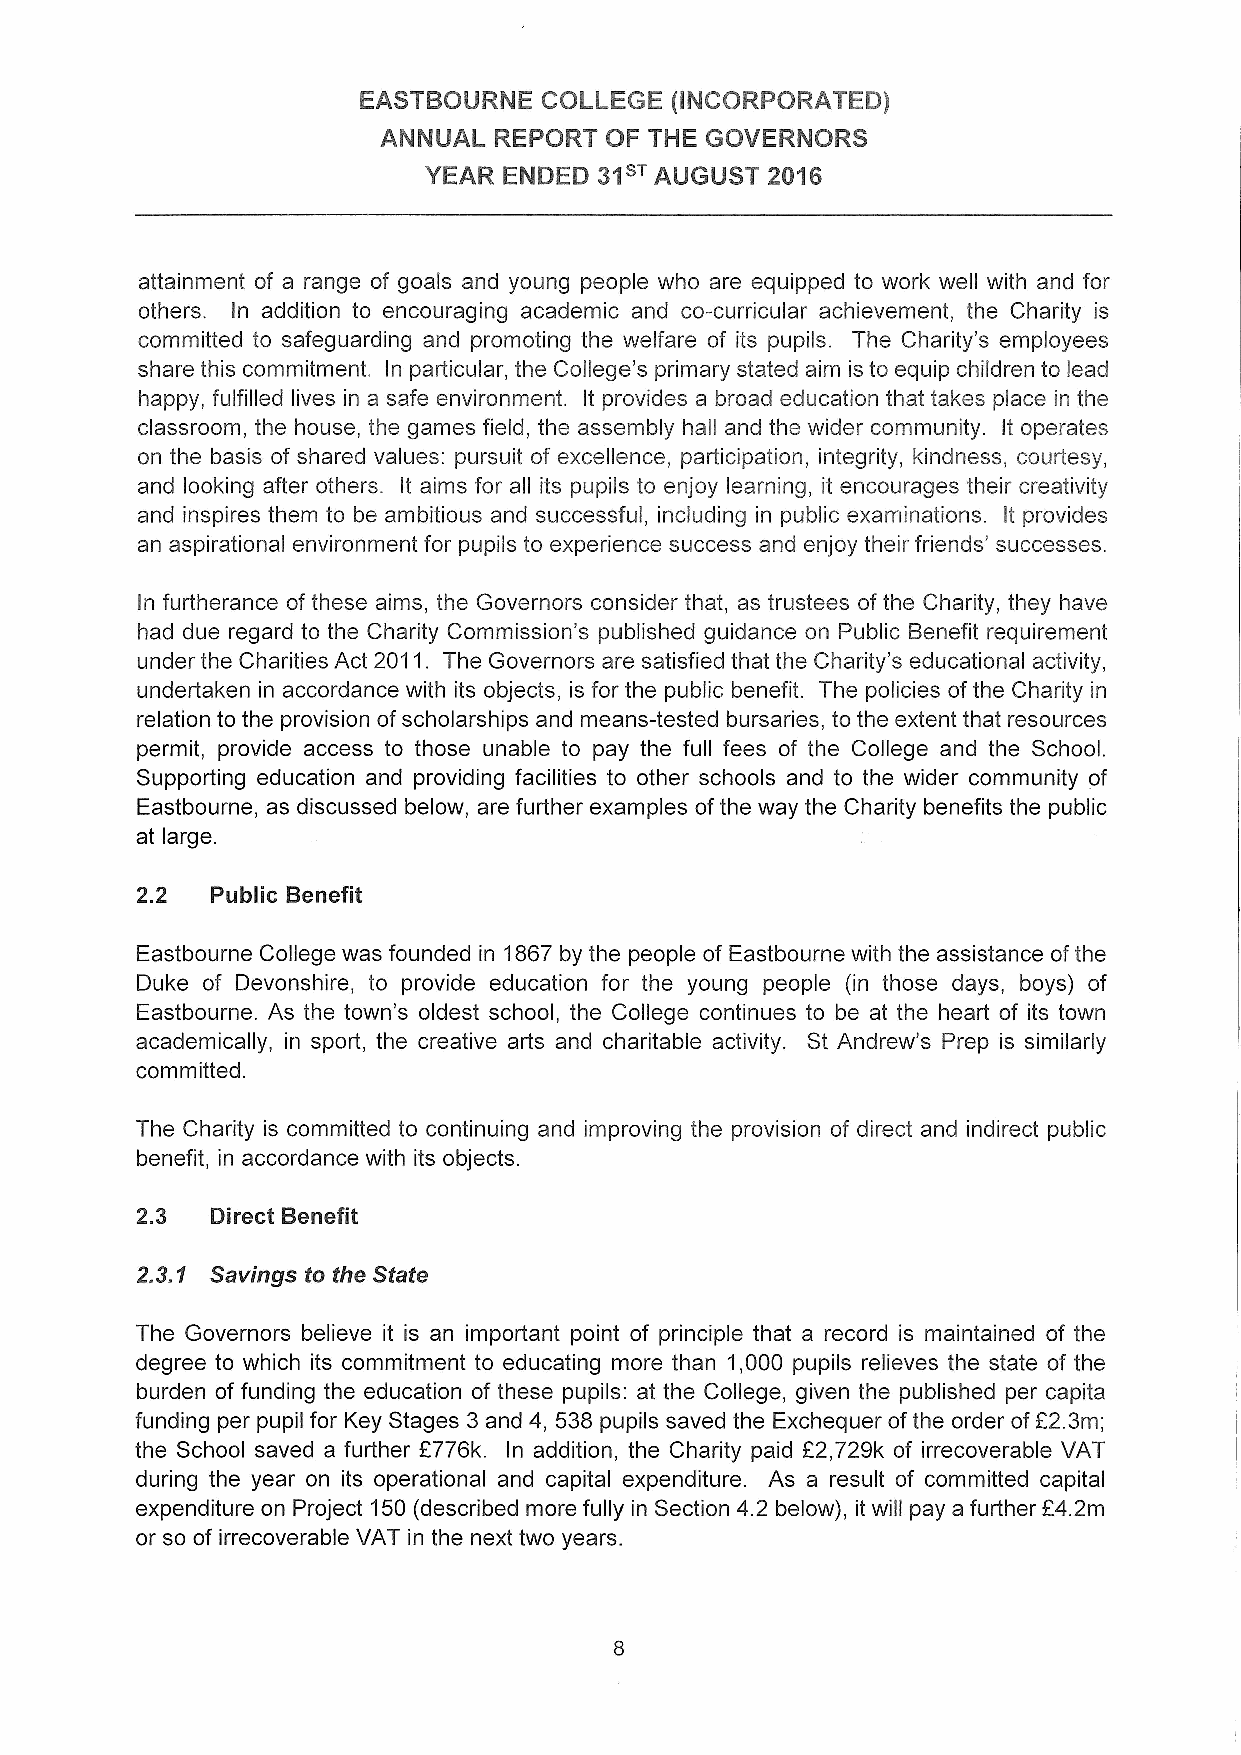
EASTBOURNE  COLLEGE (INCORPORATED)
 ANNUAL  REPORT OF THE GOVERNORS
 YEAR ENDED  31sTAUGUST 2016
 attainment of a range of goals and young people who are equipped to work well with and for
 others. In addition to encouraging academic and co-curricular achievement, the Charity is
 committed to safeguarding and promoting the welfare of its pupils. The Charity's employees
 share this commitment. In particular, the College's primary stated aim is to equip children to lead
 happy, fulfilled lives in a safe environment. It provides a broad education that takes place in the
 classroom, the house, ihe games field, the assembly hall and the wider community. It operates
 on the basis of shared values: pursuit of excellence, participation, integrity, kindness, courtesy,
 and looking after others. It aims for all its pupils to enjoy learning, it encourages their creativity
 and inspires them to be ambitious and successful, including in public examinations. It provides
 an aspirational environment for pupils to experience success and enjoy their friends' successes.
 In furtherance of these aims, the Governors consider thai, as trustees of the Charity, they have
 had due regard to the Charity Commission's published guidance on Public Benefit requirement
 under the Charities Act 2011. The Governors are satisfied that the Charity's educational activity,
 undertaken in accordance with its objects, is for the public benefit. The policies ofthe Charity in
 relation to the provision ofscholarships and means-tested bursaries, to the extent that resources
 permit, provide access to those unable to pay the full fees of the College and the School.
 Supporting education and providing facilities to other schools and to the wider community of
 Eastbourne, as discussed below, are further examples ofthe way the Charity benefits the public
 at large.
 2.2  Public Benefit
 Eastbourne College was founded in 1867 by the people of Eastbourne with the assistance ofthe
 Duke of Devonshire, to provide education for the young people (in those days, boys) of
 Eastbourne. As the town's oldest school, the College continues to be at the heart of its town
 academically, in sport, the creative arts and charitable activity. St Andrew's Prep is similarly
 committed.
 The Charity is committed to continuing and improving the provision of direct and indirect public
 benefit, in accordance with its objects.
 2.3  Direct Benefit
 2.3.1 Savings to the State
 The Governors believe it is an important point of principle that a record is maintained of the
 degree to which its commitment to educating more than 1,000 pupils relieves the state of the
 burden of funding the education of these pupils: at the College, given the published per capita
 funding per pupil for Key Stages 3 and 4, 538 pupils saved the Exchequer ofthe order ofE2.3m;
 the School saved a further 8776k. In addition, the Charity paid E2,729k of irrecoverable VAT
 during the year on its operational and capital expenditure. As a result of committed capital
 expenditure on Project 150(described more fully in Section 4.2 below), it will pay a further E4.2m
 or so of irrecoverable VAT in the next two years.